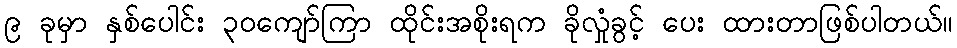
၉ ခုမှာ နှစ်ပေါင်း ၃၀ကျော်ကြာ ထိုင်းအစိုးရက ခိုလှုံခွင့် ပေး ထားတာဖြစ်ပါတယ်။